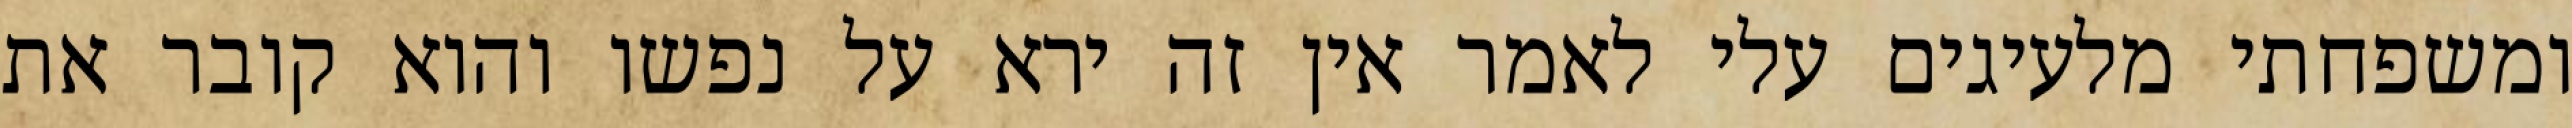
ומשפחתי מלעיגים עלי לאמר אין זה ירא על נפשו והוא קובר את